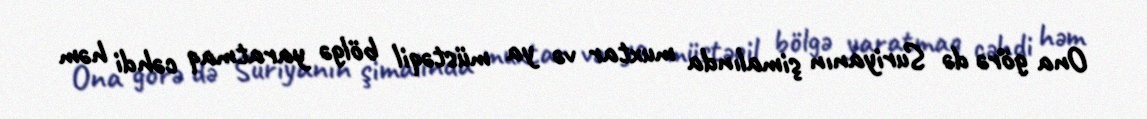
Ona görə də Suriyanın şimalında muxtar və ya müstəqil bölgə yaratmaq cəhdi həm